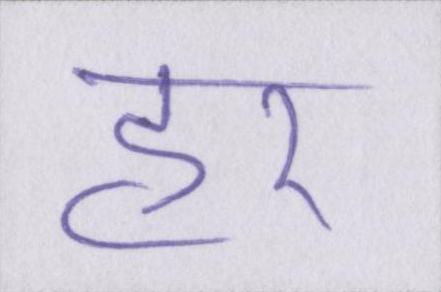
हर